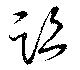
跡